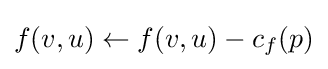
f(v,u)\leftarrow f(v,u)-c_{f}(p)